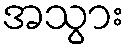
အသွား